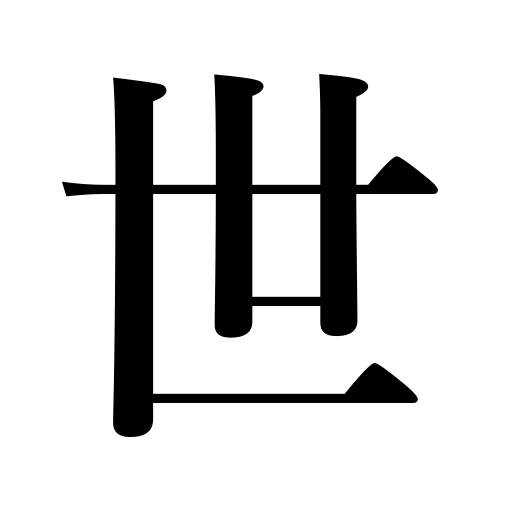
Meanings: counter for kings of the same name,times,age,public,era,reign,career,existence,society,generation,life,life-time,world